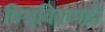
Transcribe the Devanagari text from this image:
विश्वविक्रमही